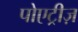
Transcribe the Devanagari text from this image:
पोएट्रीज़